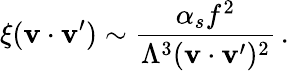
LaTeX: \xi(\mathbf{v}\cdot\mathbf{v}^{\prime})\sim\frac{{\alpha_{s}f^{2}}}{{\Lambda^{3}(\mathbf{v}\cdot\mathbf{v}^{\prime})^{2}}}\, .